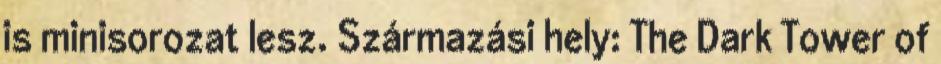
is minisorozat lesz. Származási hely: The Dark Tower of